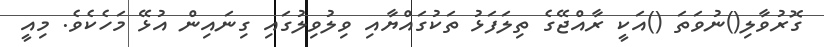
ގޮރުވާލި()ނުވަތަ ()އަކީ ރާއްޖޭގެ ތިލަފަޅު ތަކުގައްޔާއި ވިލުވިލުގައި ގިނައިން އުޅޭ މަހެކެވެ. މިއީ